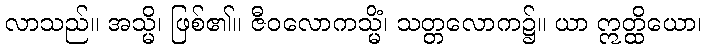
လာသည်။ အသ္မိ၊ ဖြစ်၏။ ဇီဝလောကသ္မိံ၊ သတ္တလောက၌။ ယာ ဣတ္ထိယော၊